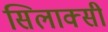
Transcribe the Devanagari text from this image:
सिलाक्सी